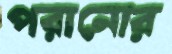
পরানোর